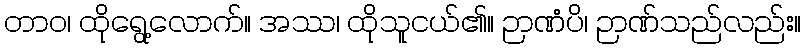
တာဝ၊ ထိုရွေ့လောက်။ အဿ၊ ထိုသူငယ်၏။ ဉာဏံပိ၊ ဉာဏ်သည်လည်း။